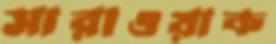
সারাওয়াক